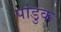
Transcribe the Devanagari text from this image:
पांडुक